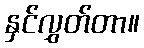
နှင်လွှတ်တာ။